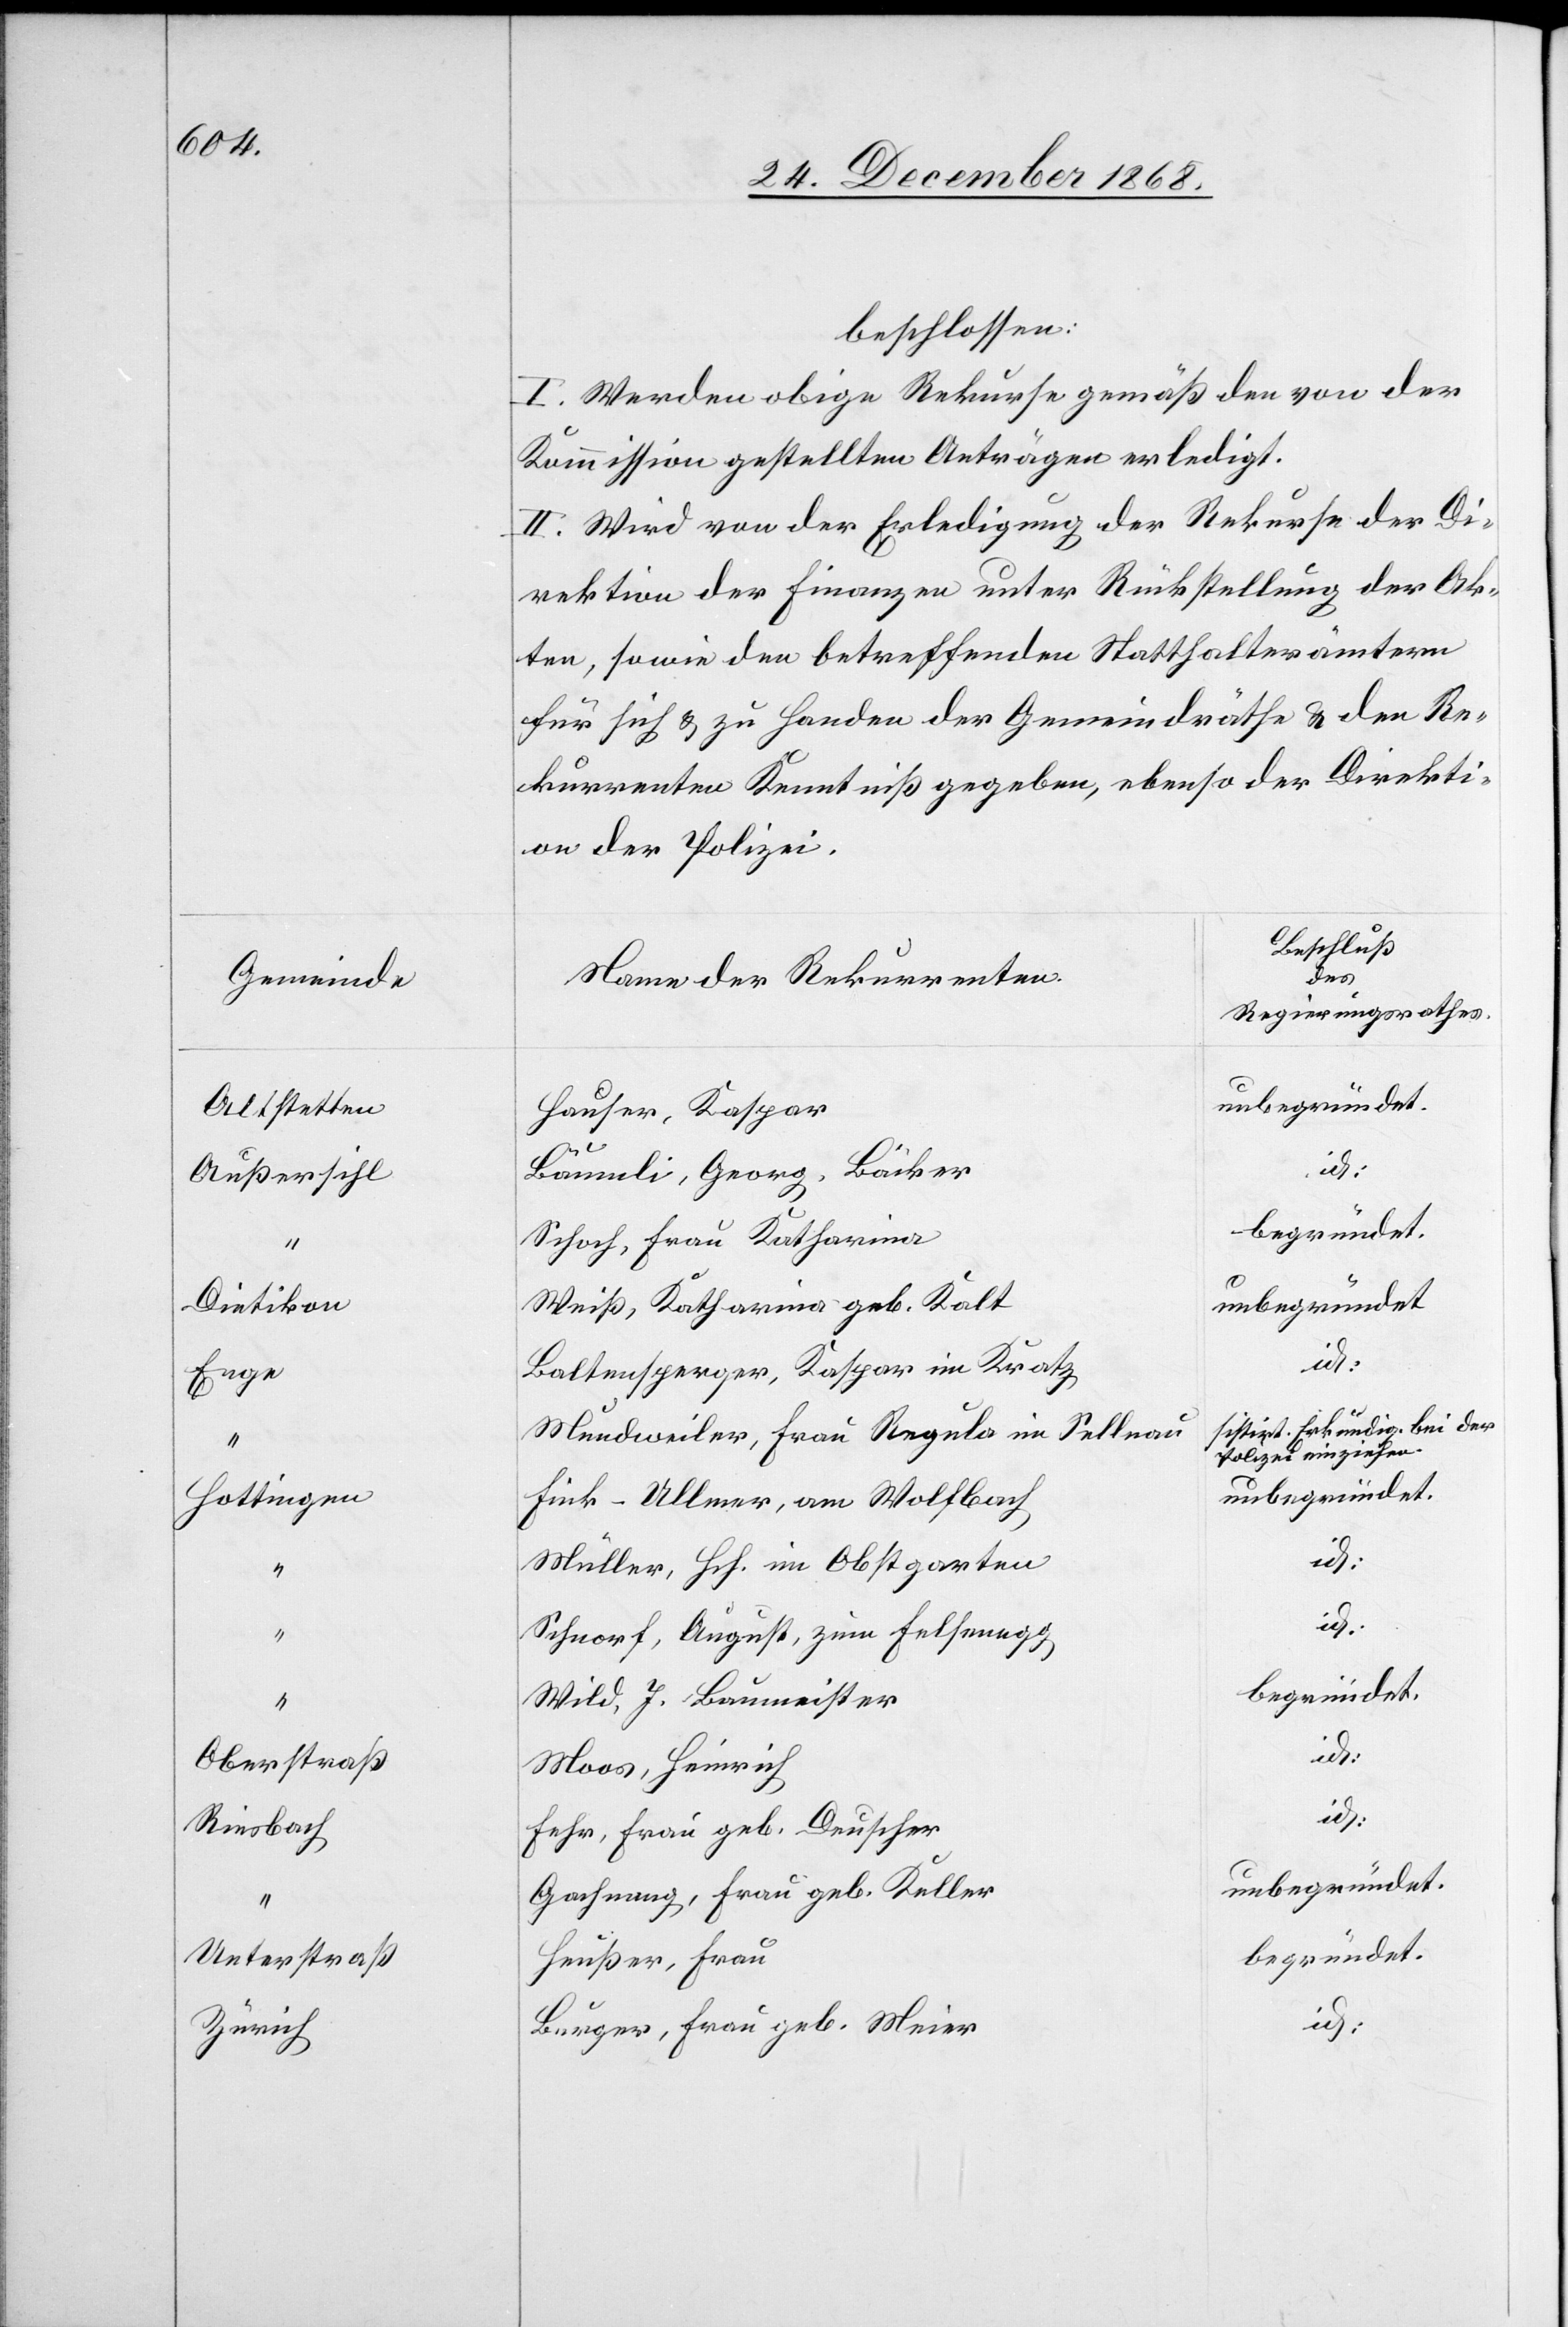
Gemeinde
Altstetten
Außersihl
Dietikon
Enge
Hottingen
Oberstraß
Riesbach
Unterstraß
Zürich

beschlossen:
I. Werden obige Rekurse gemäß den von der
Kommission gestellten Anträgen erledigt.
II. Wird von der Erledigung der Rekurse der Di¬
rektion der Finanzen unter Rückstellung der Ak¬
ten, sowie den betreffenden Statthalterämtern
für sich & zu Handen der Gemeindräthe & den Re¬
kurrenten Kenntniß gegeben, ebenso der Direkti¬
on der Polizei.
Beschluß
des
Name der Rekurrenten
Regierungsrathes.
unbegründet.
Hauser, Kaspar
id:
Bäumli, Georg, Bäcker
begründet.
Schoch, Frau Katharina
unbegründet
Weiß, Katharina geb. Kalt
id.
Baltensperger, Kaspar im Kratz
sistirt. Erkundig. bei der
Mundweiler, Frau Regula im Sellnau
Polizei einziehen.
Fink-Ullmer, am Wolfbach
Müller, Hch. im Obstgarten
Schnorf, August, zum Felsenegg
Wild, J., Baumeister
Moos, Heinrich
Fehr, Frau geb. Deuscher
Gachnang, Frau geb. Keller
Heußer, Frau
Burger, Frau geb. Meier